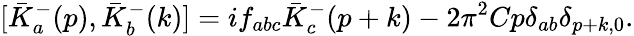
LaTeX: [{\bar{K}}_{a}^{-}(p),{\bar{K}}_{b}^{-}(k)]=if_{abc}{\bar{K}}_{c}^{-}(p+k)-2{\pi}^{2}Cp{\delta}_{ab}{\delta}_{p+k,0}.